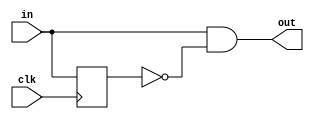
module pulse_width_convert(clk,in,out);
input clk,in;
output out;
reg q1;
wire out ;  //// module reg out

//
always @(posedge clk)
begin 
		q1 <= in;
end

assign out = in&&(~q1);



endmodule